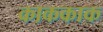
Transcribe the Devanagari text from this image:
काककाक